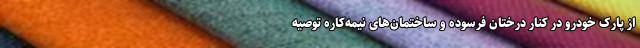
از پارک خودرو در کنار درختان فرسوده و ساختمان‌های نیمه‌کاره توصیه